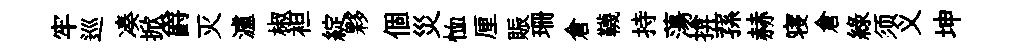
牢巡凑掀爵灭瀘椒袒綻夥個災恤厘賑珊倉韈持蕩揜蓀赫寝倉緑须义坤